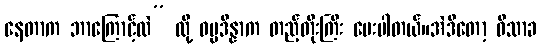
နေတာက ဘာကြောင့်လဲ” လို့ ဓမ္မဒိန္နာက တည့်တိုးကြီး မေးပါတယ်။အဲဒီတော့ ဝိသာခ